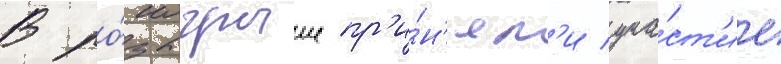
В ро́зыгрыше пр'и́н'ял'и уча́ст'ие